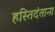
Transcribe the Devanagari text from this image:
हस्तिदंताना